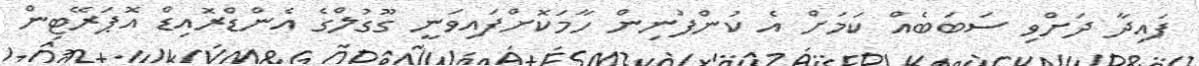
ފައިދާ ދަށްވި ސަބަބެއް ކަމަށް އެ ކުންފުނިން ހާމަކޮށްފައިވަނީ ގޫގުލްގެ އެންޑްރޮއިޑް އޮޕަރޭޓިން